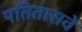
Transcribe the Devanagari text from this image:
पतितासवे